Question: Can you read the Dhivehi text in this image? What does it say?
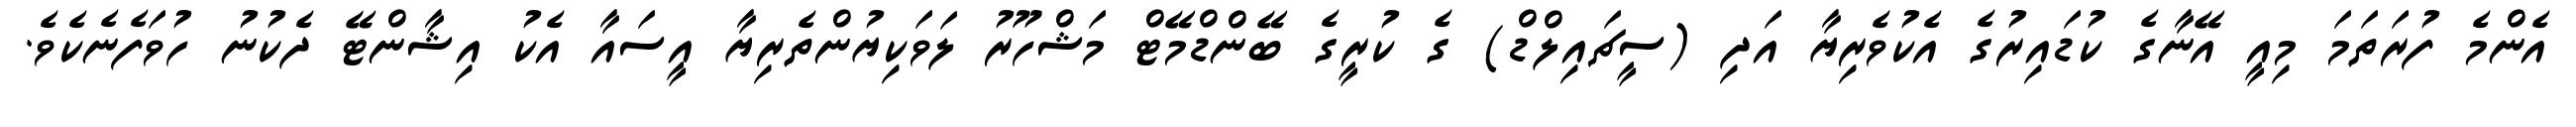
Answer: އެންމެ ފުރަތަމަ މިއީ އޭނާގެ ކުޑައިރުގެ އެކުވެރިޔާ އަދި (ސީޗައިލްޑް) ގެ ކުރީގެ ބޭންޑްމޭޓް މަޝްހޫރު ލަވަކިޔުންތެރިޔާ އީސައާ އެކު އިޝާންޓޭ ދެކުނު ހުވަފެނެކެވެ.